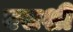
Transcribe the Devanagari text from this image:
बसशी